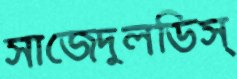
সাজেদুলডিস্